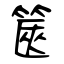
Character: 篋